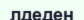
лдеден